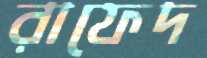
রাফেদ